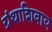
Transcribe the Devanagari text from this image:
ग्रंथाशिवाय